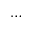
\ldots